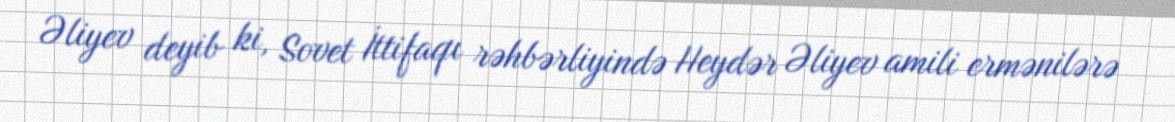
Əliyev deyib ki, Sovet İttifaqı rəhbərliyində Heydər Əliyev amili ermənilərə